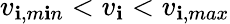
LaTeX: v_{\mathbf{i},m\mathbf{i}n}<v_{\mathbf{i}}<v_{\mathbf{i},max}